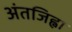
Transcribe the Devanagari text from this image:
अंतजिह्वा